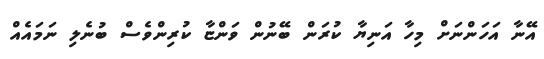
އޭނާ އަހަންނަށް މިހާ އަނިޔާ ކުރަން ބޭނުން ވަންޏާ ކުރިންވެސް ބުނެލި ނަމައެއް